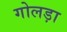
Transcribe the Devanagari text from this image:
गोलड़ा